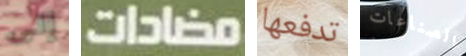
إلى مضادات تدفعها الصناعات